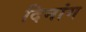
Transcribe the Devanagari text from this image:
दिनांग